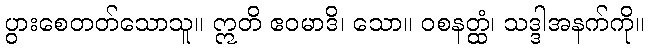
ပွားစေတတ်သောသူ။ ဣတိ ဧဝမာဒိ၊ သော။ ဝစနတ္ထံ၊ သဒ္ဒါအနက်ကို။